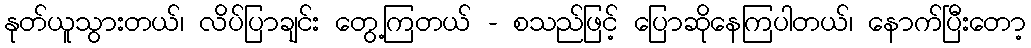
နုတ်ယူသွားတယ်၊ လိပ်ပြာချင်း တွေ့ကြတယ် - စသည်ဖြင့် ပြောဆိုနေကြပါတယ်၊ နောက်ပြီးတော့